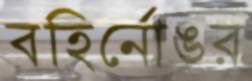
বহির্নোঙর